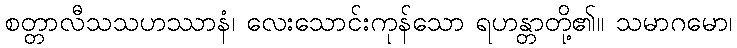
စတ္တာလီသသဟဿာနံ၊ လေးသောင်းကုန်သော ရဟန္တာတို့၏။ သမာဂမော၊